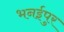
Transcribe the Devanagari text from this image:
भनईपुर